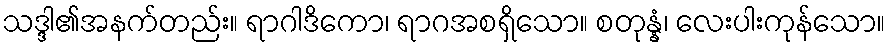
သဒ္ဒါ၏အနက်တည်း။ ရာဂါဒိကော၊ ရာဂအစရှိသော။ စတုန္နံ၊ လေးပါးကုန်သော။